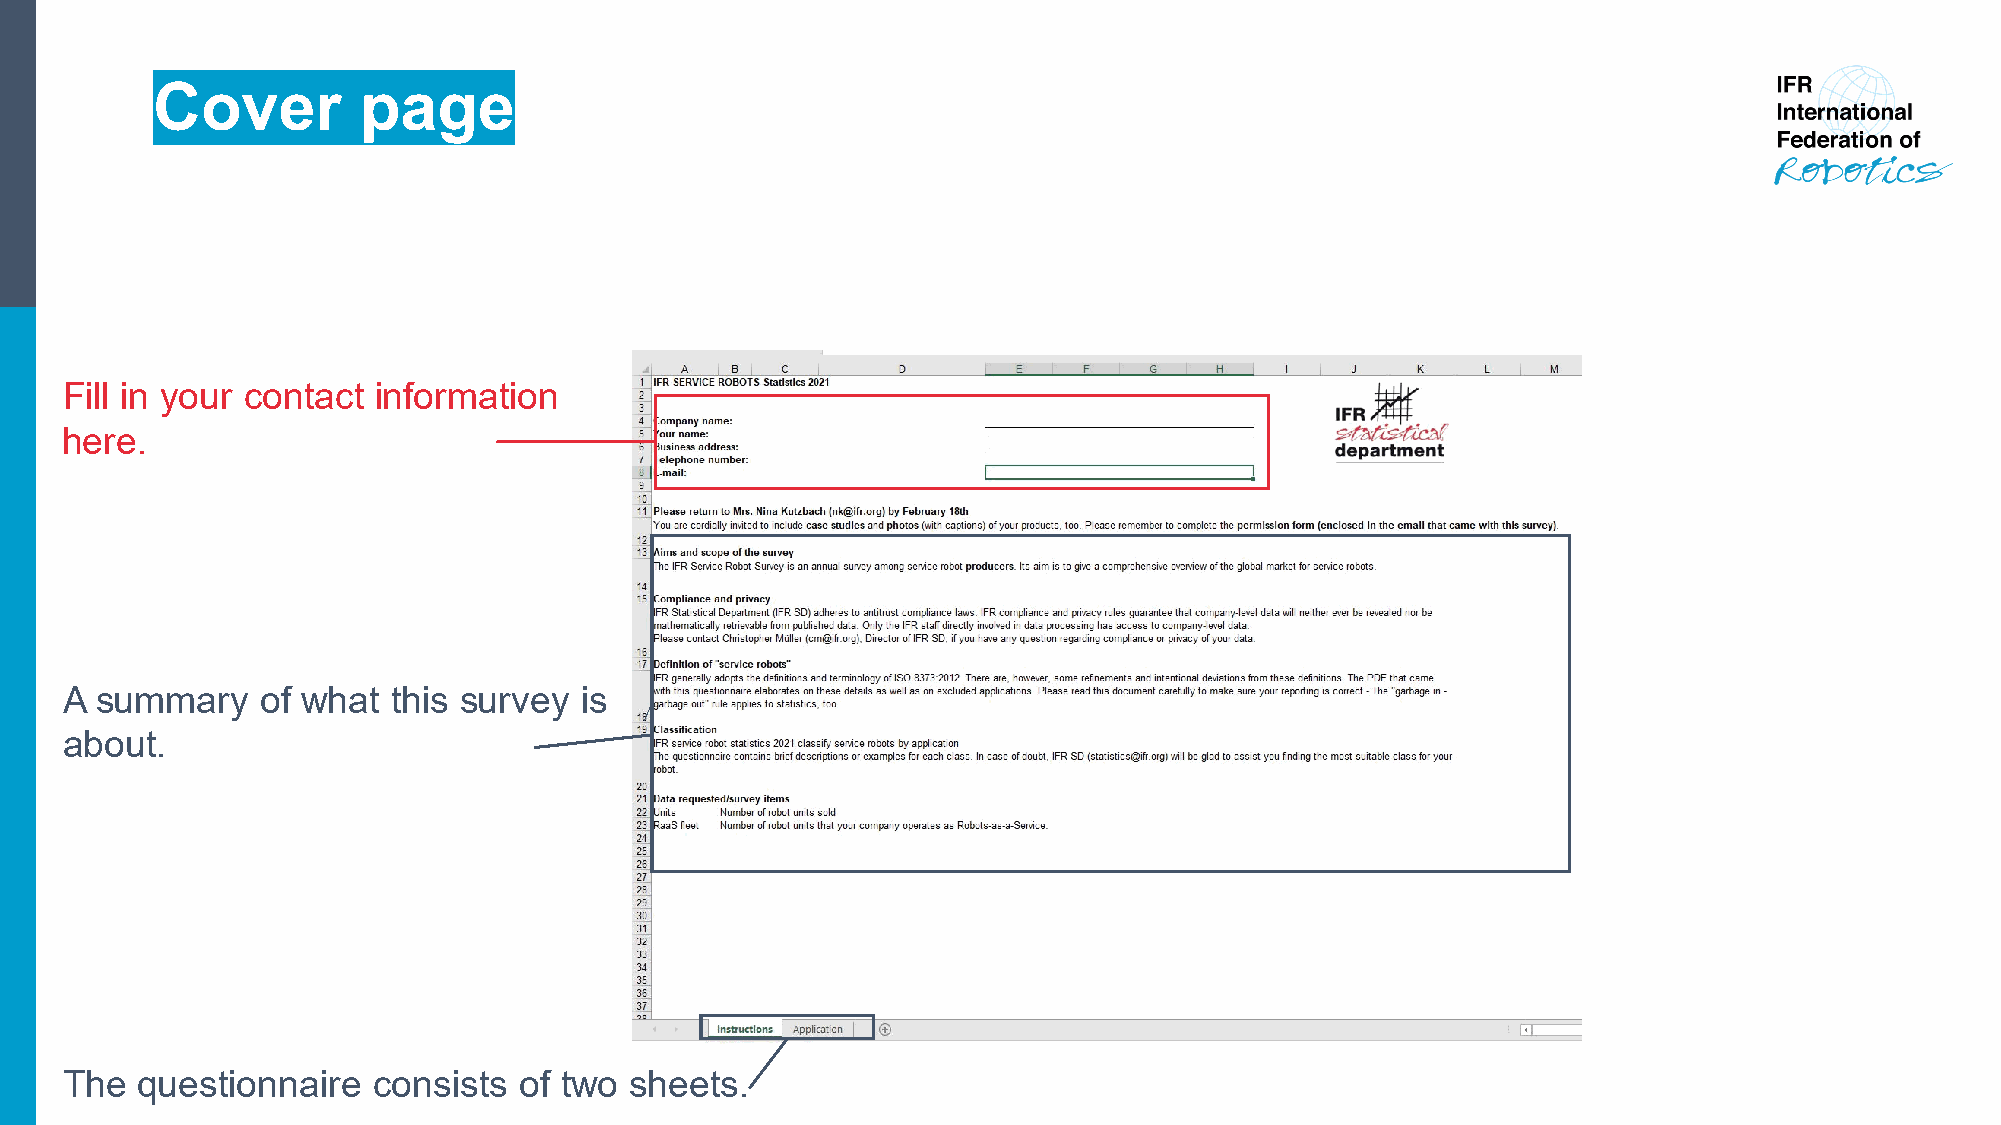
Cover         page
 Fill in your contact information
 here.
 A summary    of what  this survey is
 about.
 The  questionnaire   consists of two  sheets.